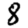
Digit: 8